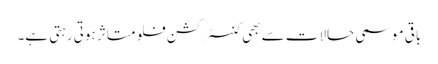
باقی موسمی حالات سے بھی کنسٹرکشن فلو متاثر ہوتی رہتی ہے۔